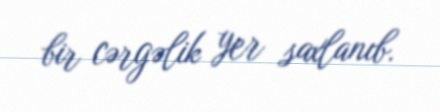
bir cərgəlik yer saxlanıb.